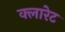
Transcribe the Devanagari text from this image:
क्लारेट